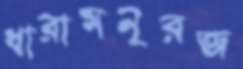
ধারামনূরজ